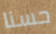
حسنا